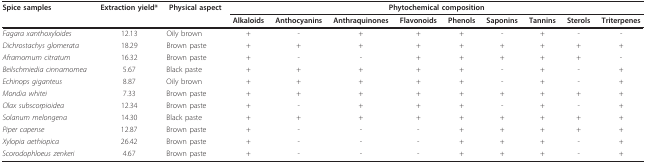
<table><thead><tr><td><b>Spice samples</b></td><td><b>Extraction yield*</b></td><td><b>Physical aspect</b></td><td colspan="9"><b>Phytochemical composition</b></td></tr><tr><td></td><td></td><td></td><td><b>Alkaloids</b></td><td><b>Anthocyanins</b></td><td><b>Anthraquinones</b></td><td><b>Flavonoids</b></td><td><b>Phenols</b></td><td><b>Saponins</b></td><td><b>Tannins</b></td><td><b>Sterols</b></td><td><b>Triterpenes</b></td></tr></thead><tbody><tr><td><i>Fagara xanthoxyloides</i></td><td>12.13</td><td>Oily brown</td><td>+</td><td>-</td><td>+</td><td>+</td><td>+</td><td>-</td><td>+</td><td>-</td><td>-</td></tr><tr><td><i>Dichrostachys glomerata</i></td><td>18.29</td><td>Brown paste</td><td>+</td><td>+</td><td>+</td><td>+</td><td>+</td><td>+</td><td>+</td><td>+</td><td>+</td></tr><tr><td><i>Aframomum citratum</i></td><td>16.32</td><td>Brown paste</td><td>+</td><td>-</td><td>-</td><td>+</td><td>+</td><td>+</td><td>+</td><td>+</td><td>-</td></tr><tr><td><i>Beilschmiedia cinnamomea</i></td><td>5.67</td><td>Black paste</td><td>+</td><td>+</td><td>+</td><td>+</td><td>+</td><td>-</td><td>+</td><td>-</td><td>+</td></tr><tr><td><i>Echinops giganteus</i></td><td>8.87</td><td>Oily brown</td><td>+</td><td>+</td><td>+</td><td>+</td><td>+</td><td>-</td><td>+</td><td>-</td><td>+</td></tr><tr><td><i>Mondia whitei</i></td><td>7.33</td><td>Brown paste</td><td>+</td><td>+</td><td>+</td><td>+</td><td>+</td><td>+</td><td>+</td><td>+</td><td>+</td></tr><tr><td><i>Olax subscorpioidea</i></td><td>12.34</td><td>Brown paste</td><td>+</td><td>-</td><td>+</td><td>+</td><td>+</td><td>-</td><td>+</td><td>-</td><td>+</td></tr><tr><td><i>Solanum melongena</i></td><td>14.30</td><td>Black paste</td><td>+</td><td>+</td><td>+</td><td>+</td><td>+</td><td>+</td><td>+</td><td>+</td><td>+</td></tr><tr><td><i>Piper capense</i></td><td>12.87</td><td>Brown paste</td><td>+</td><td>-</td><td>-</td><td>-</td><td>+</td><td>+</td><td>+</td><td>+</td><td>+</td></tr><tr><td><i>Xylopia aethiopica</i></td><td>26.42</td><td>Brown paste</td><td>+</td><td>-</td><td>-</td><td>-</td><td>+</td><td>+</td><td>+</td><td>-</td><td>+</td></tr><tr><td><i>Scorodophloeus zenkeri</i></td><td>4.67</td><td>Brown paste</td><td>+</td><td>-</td><td>-</td><td>-</td><td>+</td><td>+</td><td>+</td><td>-</td><td>+</td></tr></tbody></table>